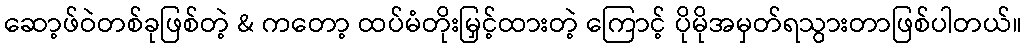
ဆော့ဖ်ဝဲတစ်ခုဖြစ်တဲ့ & ကတော့ ထပ်မံတိုးမြှင့်ထားတဲ့ ကြောင့် ပိုမိုအမှတ်ရသွားတာဖြစ်ပါတယ်။